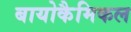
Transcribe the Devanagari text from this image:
बायोकैमिकल